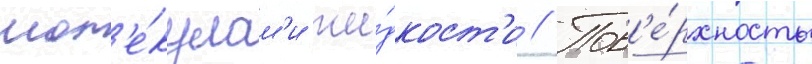
мол'е́кулам'и жи́дкост'и // Пов'е́рхность